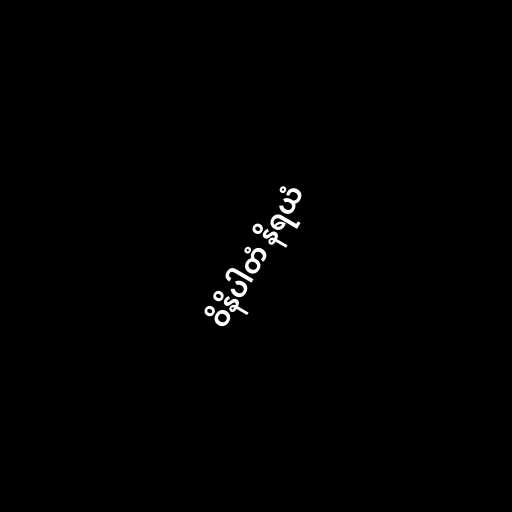
ဝိနိပါတံ နိရယံ